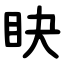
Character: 䀗